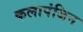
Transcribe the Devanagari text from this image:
कलापंजिन